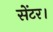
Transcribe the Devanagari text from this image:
सेंटर।